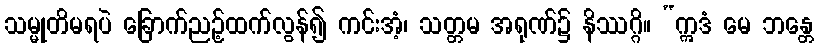
သမ္မုတိမရပဲ ခြောက်ညဉ့်ထက်လွန်၍ ကင်းအံ့၊ သတ္တမ အရုဏ်၌ နိဿဂ္ဂိ။ “ဣဒံ မေ ဘန္တေ